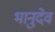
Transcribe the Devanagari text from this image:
भानुदेव